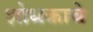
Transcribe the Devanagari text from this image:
शोधकाचे